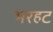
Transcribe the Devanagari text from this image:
भरहट